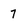
Character: 7